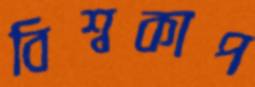
বিশ্বকাপ